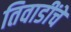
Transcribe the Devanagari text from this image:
तिवाडींचे